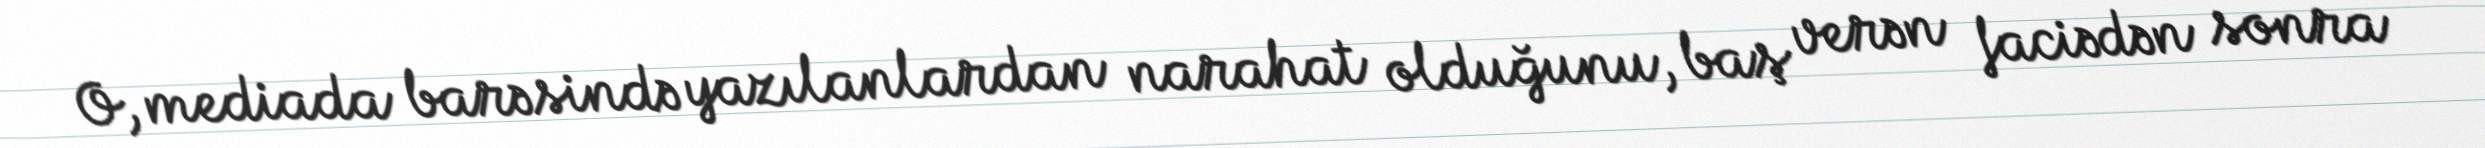
O, mediada barəsində yazılanlardan narahat olduğunu, baş verən faciədən sonra